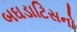
બઘડાટિસનો